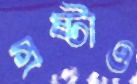
স্রষ্টাও